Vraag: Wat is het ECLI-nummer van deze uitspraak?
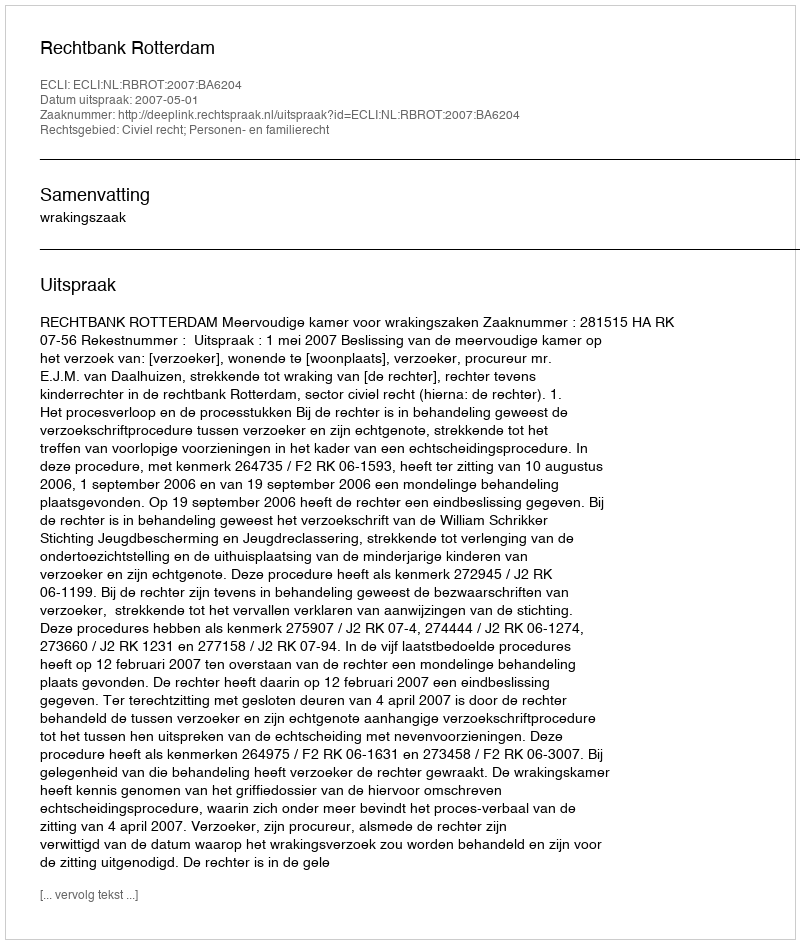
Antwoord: ECLI:NL:RBROT:2007:BA6204